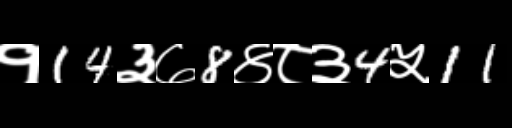
Text: १14३७8४८३4५11